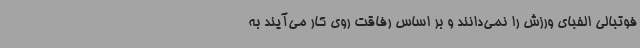
فوتبالی الفبای ورزش را نمی‌دانند و بر اساس رفاقت روی کار می‌آیند به‌